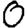
Digit: 0